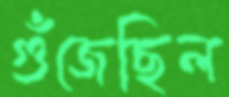
গুঁজেছিল